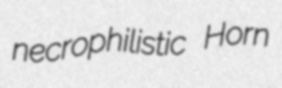
necrophilistic Horn